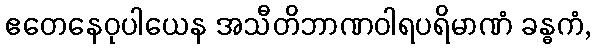
ဧတေနေဝုပါယေန အသီတိဘာဏဝါရပရိမာဏံ ခန္ဓကံ,